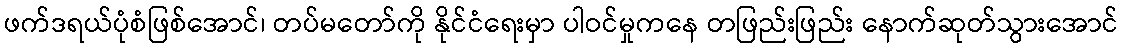
ဖက်ဒရယ်ပုံစံဖြစ်အောင်၊ တပ်မတော်ကို နိုင်ငံရေးမှာ ပါဝင်မှုကနေ တဖြည်းဖြည်း နောက်ဆုတ်သွားအောင်